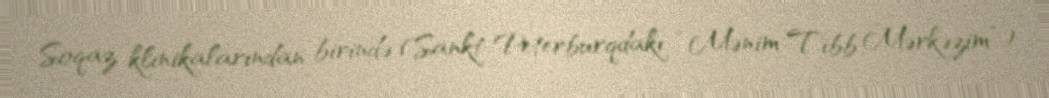
Soqaz klinikalarından birində (Sankt-Peterburqdakı “Mənim Tibb Mərkəzim”)